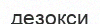
дезокси